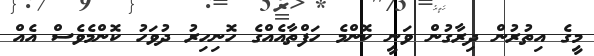
މީގެ އިތުރުން ދިރާގުން ވަނީ ކޮންމެ ހަފްތާއެއްގެ ހޮނިހިރު ދުވަހު ކޮންމެވެސް އެއް